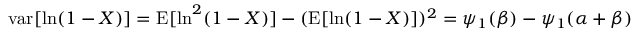
\operatorname { v a r } [ \ln ( 1 - X ) ] = \operatorname { E } [ \ln ^ { 2 } ( 1 - X ) ] - ( \operatorname { E } [ \ln ( 1 - X ) ] ) ^ { 2 } = \psi _ { 1 } ( \beta ) - \psi _ { 1 } ( \alpha + \beta )